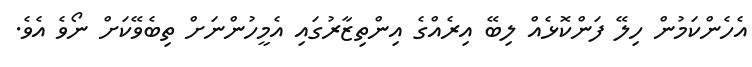
އެހެންކަމުން ހިލޭ ފަންކޮޅެއް ލިބޭ އިރެއްގެ އިންތިޒާރުގައި އެމީހުންނަށް ތިބެވޭކަށް ނޯވެ އެވެ.